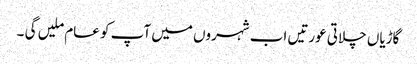
گاڑیاں چلاتی عورتیں اب شہروں میں آپ کو عام ملیں گی ۔